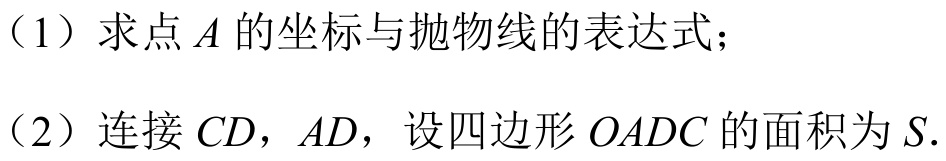
（1）求点\(A\)的坐标与抛物线的表达式；
（2）连接\(CD\)，\(AD\)，设四边形\(OADC\)的面积为\(S\).